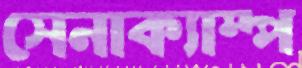
সেনাক্যাম্প